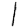
Digit: 1